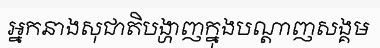
អ្នកនាងសុជាតិបង្ហាញក្នុងបណ្តាញសង្គម